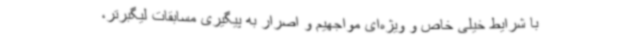
با شرایط خیلی خاص و ویژه‌ای مواجهیم و اصرار به پیگیری مسابقات لیگبرتر،